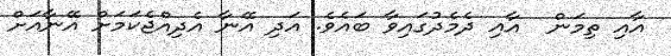
އާއި ތިމަން  އާއި ދެމެދުގައިވާ ބައެވެ. އަދި އޭނާ އެދިއްޖެކަމަށް އޭނާއަށް